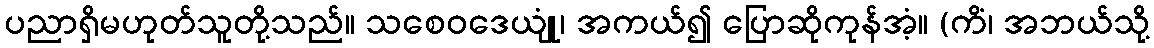
ပညာရှိမဟုတ်သူတို့သည်။ သစေဝဒေယျုံ၊ အကယ်၍ ပြောဆိုကုန်အံ့။ (ကိံ၊ အဘယ်သို့